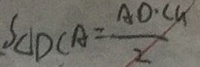
S _ { \Delta D C A } = \frac { A D \cdot C G } { 2 }